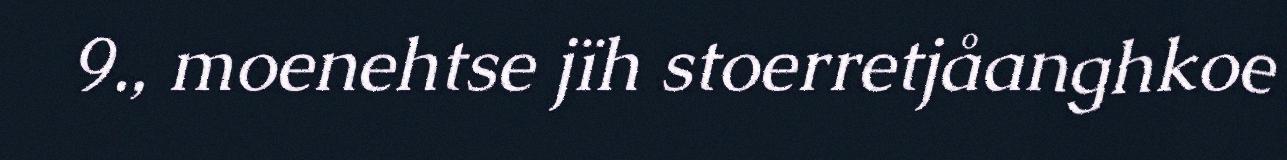
9., moenehtse jïh stoerretjåanghkoe